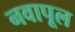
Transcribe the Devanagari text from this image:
नवापूल